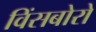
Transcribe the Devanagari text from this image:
विंसबोरो